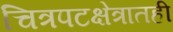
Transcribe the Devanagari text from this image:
चित्रपटक्षेत्रातही